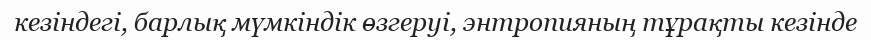
кезіндегі, барлық мүмкіндік өзгеруі, энтропияның тұрақты кезінде